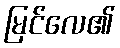
မြင်လေ၏